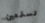
تستمعين